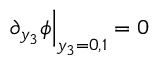
\left. \partial _ { y _ { 3 } } \phi \right| _ { y _ { 3 } = 0 , 1 } = 0